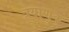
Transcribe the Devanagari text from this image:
त्रयाणुक